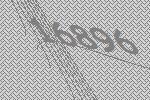
16896